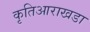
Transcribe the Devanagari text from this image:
कृतिआराखडा